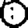
Digit: 0